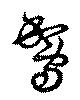
鴐